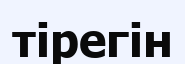
тірегін